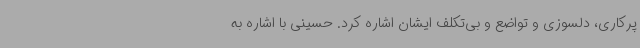
پرکاری، دلسوزی و تواضع و بی‌تکلف ایشان اشاره کرد. حسینی با اشاره به